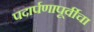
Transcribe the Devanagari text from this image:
पदार्पणापूर्वीचा